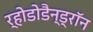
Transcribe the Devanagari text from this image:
र्होडोडैन्ड्रॉन